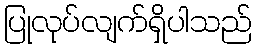
ပြုလုပ်လျက်ရှိပါသည်